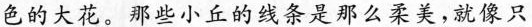
色的大花。那些小丘的线条是那么柔美，就像只